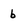
Character: b